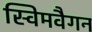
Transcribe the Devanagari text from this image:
स्विमवैगन